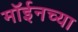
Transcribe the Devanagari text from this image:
मॉईनच्या